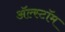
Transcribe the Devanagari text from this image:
ॲल्स्टॉम